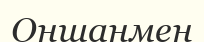
Оншанмен